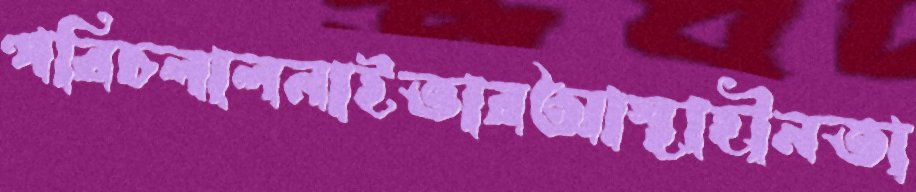
পরিচলালনাইতারআস্থাহীনতা